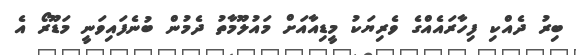
ބިރު ދެއްކި ފިހާރައެއްގެ ވެރިޔަކު މީޑިއާއަށް މައުލޫމާތު ދެމުން ބުނެފައިވަނީ މަޑޫރޯ އެ